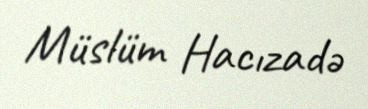
Müslüm Hacızadə